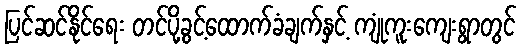
ပြင်ဆင်နိုင်ရေး တင်ပို့ခွင့်ထောက်ခံချက်နှင့် ကျုံကူးကျေးရွာတွင်